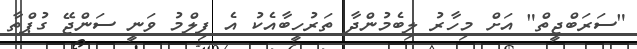
"ސަރަބްޖީތް" އަށް މިހާރު ލިބެމުންދާ ތަރުހީބާއެކު އެ ފިލްމު ވަނީ ސަންޖޭ ގުޕްތާ